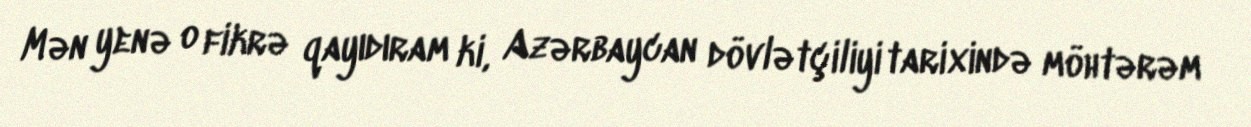
Mən yenə o fikrə qayıdıram ki, Azərbaycan dövlətçiliyi tarixində möhtərəm